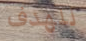
للهدف